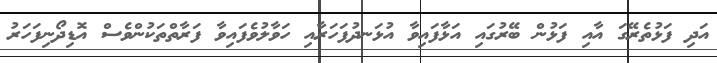
އަދި ފަޅުތެރޭގަ އާއި ފަޅުން ބޭރުގައި އަޅާފައިވާ އުޅަނދުފަހަރާއި ހަވާލުވެފައިވާ ފަރާތްތަކުންވެސް އޮޑިދޯނިފަހަރު